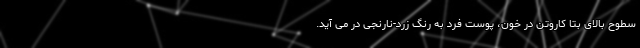
سطوح بالای بتا کاروتن در خون، پوست فرد به رنگ زرد-نارنجی در می آید.